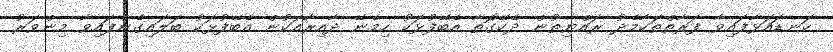
ކަނޑައަޅާފައިވާ ފަރާތްތަކާމެދު ރައްޔިތުން ދެކޭގޮތާ އެބޭފުޅަކު ހިމެނޭ ދާއިރާއަކުން އެބޭފުޅަކު ބަލައިގެންފައިވާ މިންވަރު